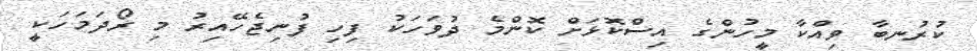
ކުރުނބާ ވިއްކާ މީހުންގެ އިސްކޮޅަށް ކޮންމެ ދުވަހަކު ފިހި ފުނިޖެހޭއިރު މި ރޯދަމަހަކީ